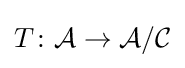
T\colon {\mathcal {A}}\rightarrow {\mathcal {A}}/{\mathcal {C}}